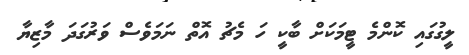
ލީގުގައި ކޮންމެ ޓީމަކަށް ބާކީ ހަ މެޗު އޮތް ނަމަވެސް ވަރުގަދަ މާޒިޔާ